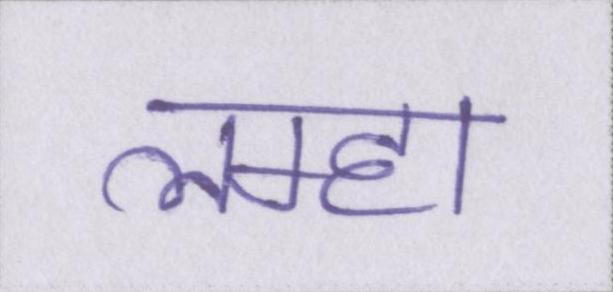
लम्हा